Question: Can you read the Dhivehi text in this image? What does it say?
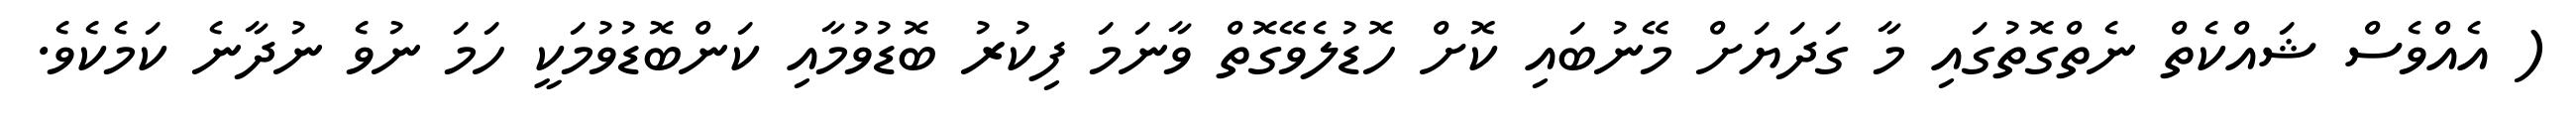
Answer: ( އެއްވެސް ޝައްކެތް ނެތްގޮތުގައި މާ ގަދަޔަށް މޭނުބައި ކޮށް ހޮޑުލެވޭގޮތް ވާނަމަ ފިކުރު ބޮޑުވުމާއި ކަންބޮޑުވުމަކީ ހަމަ ނުވެ ނުދާނެ ކަމެކެވެ.